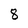
Character: 8